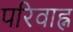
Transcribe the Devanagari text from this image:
परिवाह्न